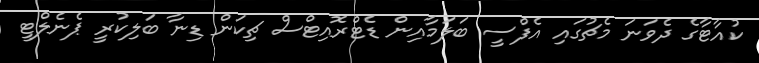
ކުއާޓާގެ ދެވަނަ މެޗުގައި އެފްސީ ބަލަމާއިން ޑެޓްރޮއިޓްސް ޗިކަން ޑިނާ ބަލިކުރީ ޕެނެލްޓީ